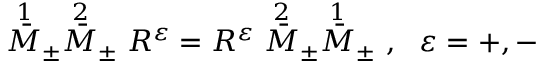
\stackrel { 1 } { \bar { M } } _ { \pm } \stackrel { 2 } { \bar { M } } _ { \pm } R ^ { \varepsilon } = R ^ { \varepsilon } \stackrel { 2 } { \bar { M } } _ { \pm } \stackrel { 1 } { \bar { M } } _ { \pm } \ , \ \ \varepsilon = + , - \,